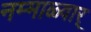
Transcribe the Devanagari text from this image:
नम्माळ्वार्